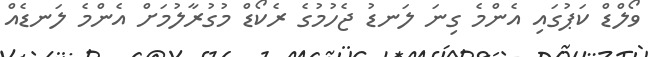
ވޯލްޑް ކަޕުގައި އެންމެ ގިނަ ލަނޑު ޖެހުމުގެ ރެކޯޑް މުގުރާލުމަށް އެންމެ ލަނޑެއް